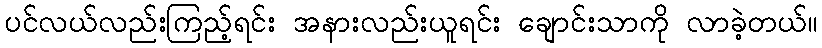
ပင်လယ်လည်းကြည့်ရင်း အနားလည်းယူရင်း ချောင်းသာကို လာခဲ့တယ်။